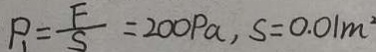
P _ { 1 } = \frac { F } { S } = 2 0 0 P a , S = 0 . 0 1 m ^ { 2 }